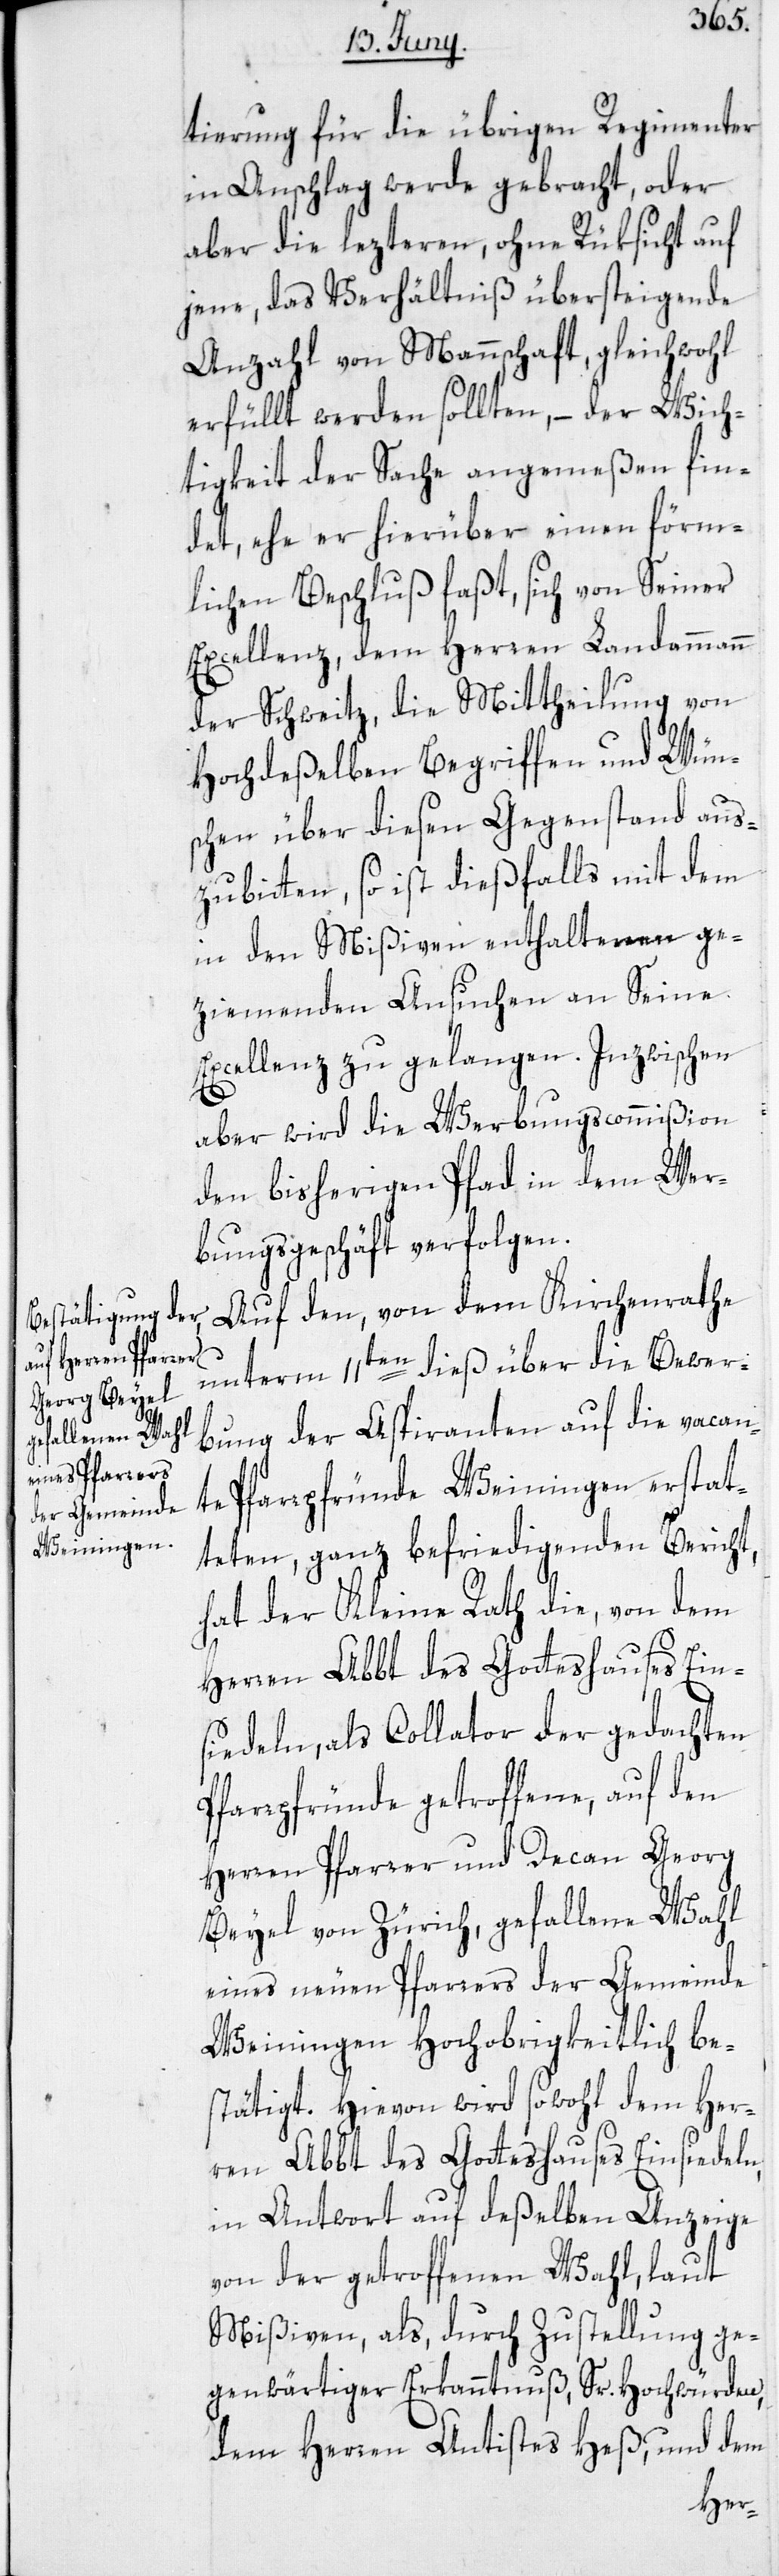
tierung für die übrigen Regimenter
in Anschlag gebracht, oder
aber die lezteren, ohne Rüksicht auf
jene, das Verhältniß übersteigende
Anzahl von Mannschaft gleichwohl
erfüllt werden sollten, – der Wich¬
tigkeit der Sache angemeßen fin¬
det, ehe er hierüber einen förm¬
lichen Beschluß faßt, sich von Seiner
Excellenz, dem Herren Landammann
der Schweitz, die Mittheilung von
Hochdeßelben Begriffen und Wün¬
schen über diesen Gegenstand aus¬
zubitten, so ist dießfalls mit dem
in den Mißiven enthaltenen ge¬
ziemenden Ansuchen an Seine
Excellenz zu gelangen. Inzwischen
aber wird die Werbungscommißion
den bisherigen Pfad in dem Wer¬
bungsgeschäft verfolgen.
Auf den, von dem Kirchenrathe
unterm 11ten dieß über die Bewer¬
bung der Aspiranten auf die vacan¬
te Pfarrpfründe Weiningen erstat¬
teten, ganz befriedigenden Bericht,
hat der Kleine Rath die, von dem
Herren Abbt des Gotteshauses Ein¬
siedeln, als Collator der gedachten
Pfarrpfründe getroffene, auf den
Herren Pfarrer und Decan Georg
Beyel von Zürich, gefallene Wahl
eines neuen Pfarrers der Gemeinde
Weiningen Hochobrigkeitlich be¬
stätigt. Hievon wird sowohl dem Her¬
ren Abbt des Gotteshauses Einsiedeln,
in Antwort auf deßelben Anzeige
von der getroffenen Wahl, laut
Mißiven, als durch Zustellung ge¬
genwärtiger Erkanntnuß, Sr. Hochwürden,
dem Herren Antistes Heß, und dem